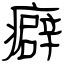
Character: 癖